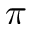
\pi